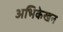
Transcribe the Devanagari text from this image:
अभिकेखन